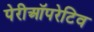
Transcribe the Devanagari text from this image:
पेरीऑपरेटिव